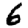
Digit: 6